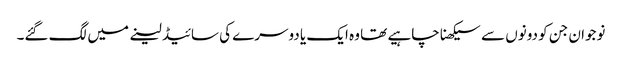
نوجوان جن کو دونوں سے سیکھنا چاہیے تھا وہ ایک یا دوسرے کی سائیڈ لینے میں لگ گئے۔